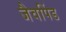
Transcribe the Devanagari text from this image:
जैवपिंड